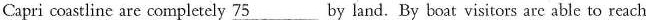
Capri coastline are completely \underline{75} by land. By boat visitors arc able to reach